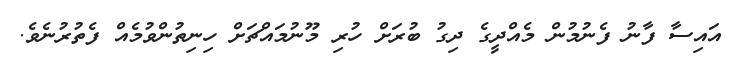
އައިސާ ފާނު ފެނުމުން މެއްދީގެ ދިގު ބުރަށް ހުރި މޫނުމައްޗަށް ހިނިތުންވުމެއް ފެތުރުނެވެ.